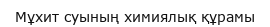
Мұхит суының химиялық құрамы